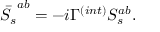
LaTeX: \bar { S _ { s } } ^ { a b } = - i \Gamma ^ { ( i n t ) } S _ { s } ^ { a b } .